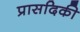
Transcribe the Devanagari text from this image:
प्रासदिकी